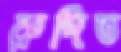
রুদিত